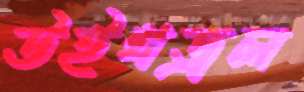
উইথড্রল